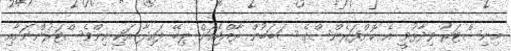
މިނިސްޓަރު ވިދާޅުވީ އެ ކޮންފަރެންސްގެ ސަބަބުން ރާއްޖެއަށް ލިބޭ ފައިދާ އަކި އިންވެސްޓަރުންނަށާއި